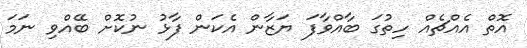
އޮތް އެއްޗެއް ހިތުގަ ބާއްވާފަ ޔަޒާން އެކަން ފާޅު ނުކޮށް ބޭއްވި ނަމަ